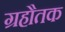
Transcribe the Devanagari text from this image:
ग्रहौतक